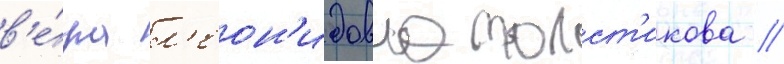
в'е́ра л'еон'идовна толст'икова //